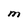
Character: M